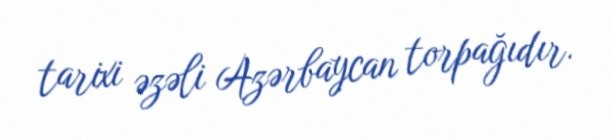
tarixi əzəli Azərbaycan torpağıdır.